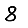
Digit: 8